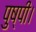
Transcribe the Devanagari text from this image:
पुष्पी।